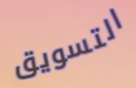
التسويق